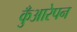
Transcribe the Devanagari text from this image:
कुँआरेपन